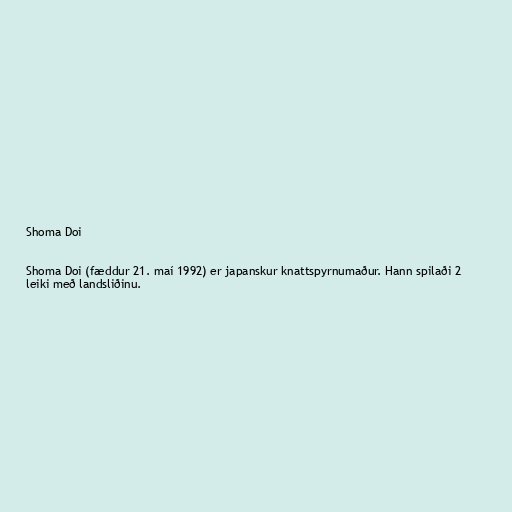
Shoma Doi

Shoma Doi (fæddur 21. maí 1992) er japanskur knattspyrnumaður. Hann spilaði 2
leiki með landsliðinu.